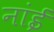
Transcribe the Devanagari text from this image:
नांई